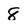
Character: 8